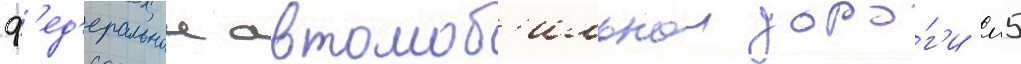
ф'ед'еральнои автомоб'ильнои доро́г'и м5